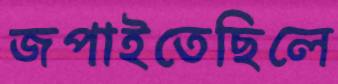
জপাইতেছিলে